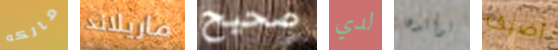
مالكه ماريلاند صحيح لدي لوالدها أضيق